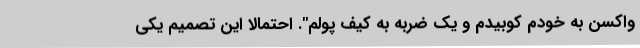
واکسن به خودم کوبیدم و یک ضربه به کیف پولم". احتمالا این تصمیم یکی